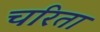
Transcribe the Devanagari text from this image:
चरिता